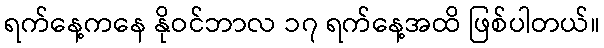
ရက်နေ့ကနေ နိုဝင်ဘာလ ၁၇ ရက်နေ့အထိ ဖြစ်ပါတယ်။